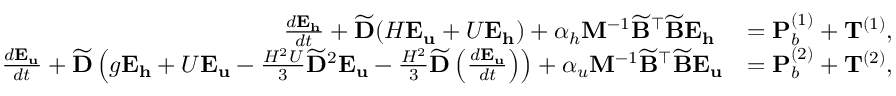
\begin{array} { r l } { \frac { d \mathbf { E } _ { \mathbf { h } } } { d t } + \widetilde { \mathbf { D } } ( H \mathbf { E } _ { \mathbf { u } } + U \mathbf { E } _ { \mathbf { h } } ) + \alpha _ { h } \mathbf { M } ^ { - 1 } \widetilde { \mathbf { B } } ^ { \top } \widetilde { \mathbf { B } } \mathbf { E } _ { \mathbf { h } } \ } & { = \mathbf { P } _ { b } ^ { ( 1 ) } + \mathbf { T } ^ { ( 1 ) } , } \\ { \frac { d \mathbf { E } _ { \mathbf { u } } } { d t } + \widetilde { \mathbf { D } } \left( g \mathbf { E } _ { \mathbf { h } } + U \mathbf { E } _ { \mathbf { u } } - \frac { H ^ { 2 } U } { 3 } \widetilde { \mathbf { D } } ^ { 2 } \mathbf { E } _ { \mathbf { u } } - \frac { H ^ { 2 } } { 3 } \widetilde { \mathbf { D } } \left( \frac { d \mathbf { E } _ { \mathbf { u } } } { d t } \right) \right) + \alpha _ { u } \mathbf { M } ^ { - 1 } \widetilde { \mathbf { B } } ^ { \top } \widetilde { \mathbf { B } } \mathbf { E } _ { \mathbf { u } } } & { = \mathbf { P } _ { b } ^ { ( 2 ) } + \mathbf { T } ^ { ( 2 ) } , } \end{array}